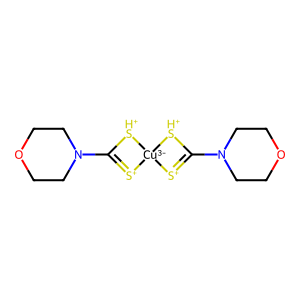
SMILES: C1CN(C2=[S+][Cu-3]3([S+]=C(N4CCOCC4)[SH+]3)[SH+]2)CCO1
Inhibits HIV replication: No